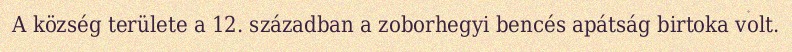
A község területe a 12. században a zoborhegyi bencés apátság birtoka volt.